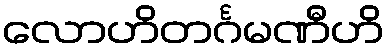
လောဟိတင်္ဂမဏီဟိ